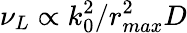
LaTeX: \nu_{L}\propto k_{0}^{2}/r_{max}^{2}D